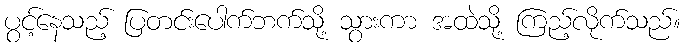
ပွင့်နေသည့် ပြတင်းပေါက်ဘက်သို့ သွားကာ အထဲသို့ ကြည့်လိုက်သည်။